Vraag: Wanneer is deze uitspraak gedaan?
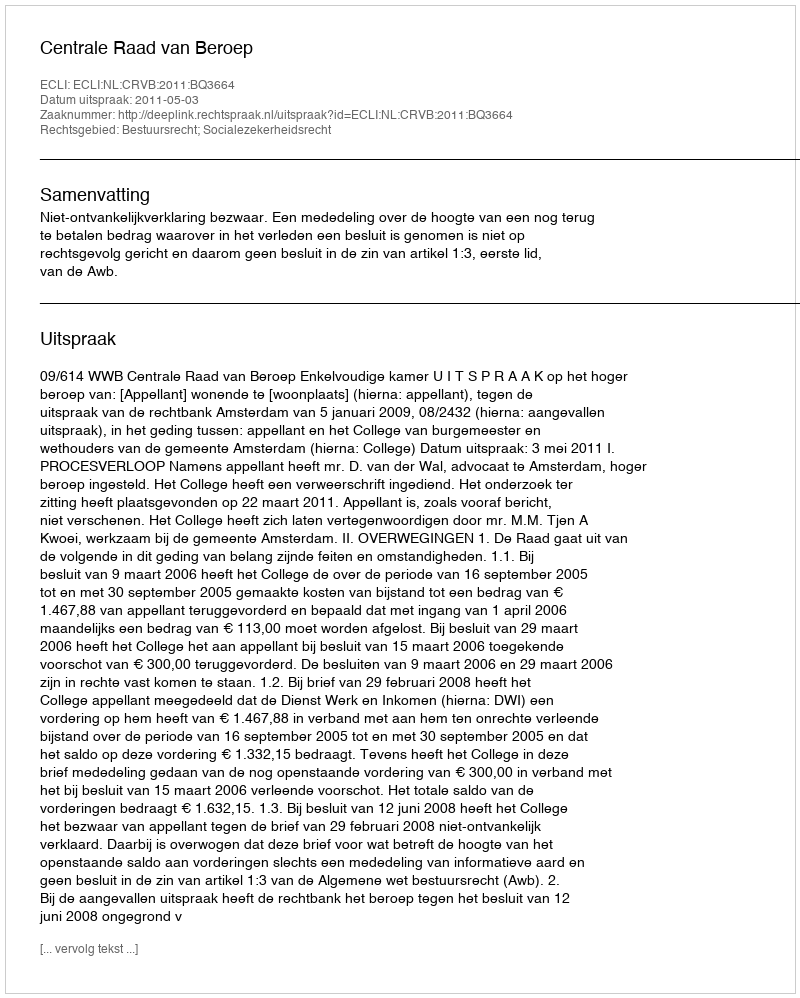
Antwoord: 2011-05-03